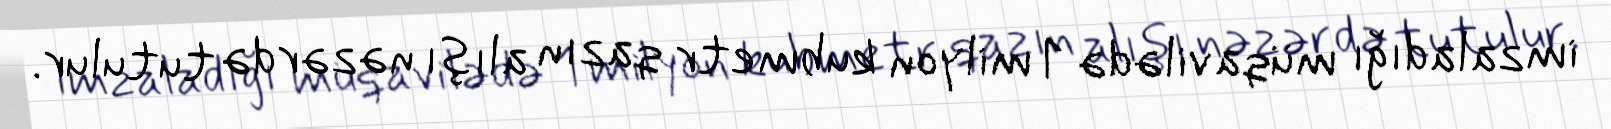
imzaladığı müqavilədə 1 milyon kubmetr qazın alışı nəzərdə tutulur.